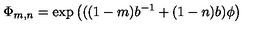
\Phi _ { m , n } = \exp \left( ( ( 1 - m ) b ^ { - 1 } + ( 1 - n ) b ) \phi \right)